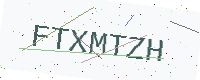
Text: FTXMTZH